Report of the Municipal Commissioner on the plague in Bombay for the year ending 31st May... - Volume 1
Disease focus: Plague
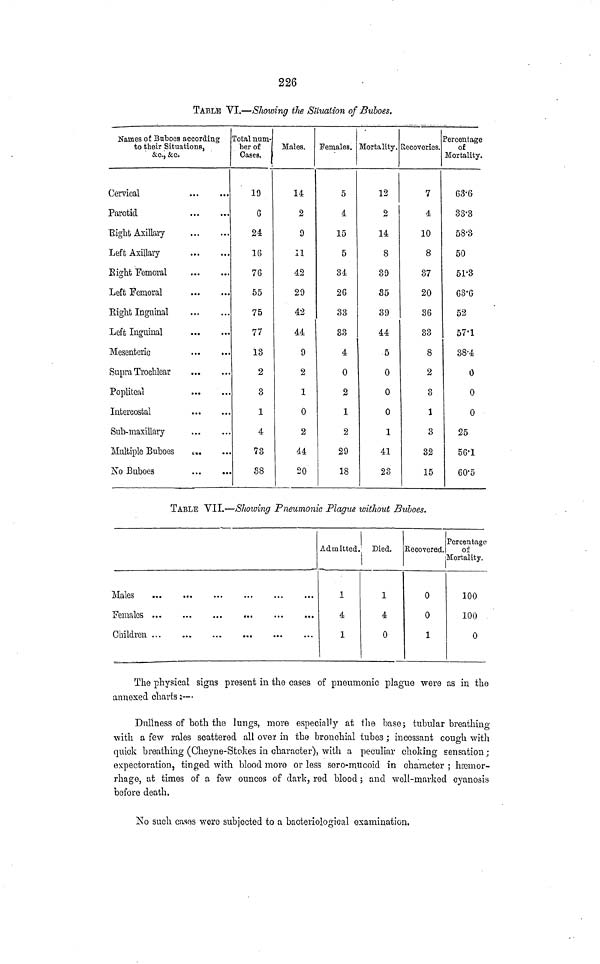
226
TABLE VI.—Showing the Situation of Buboes.
Names of Buboes according
to their Situations,
&c., &c.
Cervical
Parotid
Bight Axillary
Left Axillary
Bight Femoral
Left Femoral
Eight Inguinal
Left Inguinal
Mesenterio
Supra Trochlear
Popliteal
Intercostal
Sub-maxillary
Multiple Buboes
c..
No Buboes
Total num-
ber of
Cases.
19
6
24
16
76
55
75
77
13
2
3
1
4
73
38
Males.
14
2
9
11
42
29
42
44
9
2
1
0
2
44
20
Females.
5
4
15
5
34
26
33
33
4
0
2
1
2
29
18
Mortality.
12
2
14
8
39
35
39
44
5
0
0
0
1
41
23
Recoveries.
7
4
10
8
37
20
36
33
8
2
3
1
3
32
15
Percentage
of
Mortality.
63·6
33·3
58·3
50
51·3
63·6
52
57·1
38·4
0
0
0
25
56·1
60·5
TABLE VII.—Showing Pneumonic Plague without Buboes.
Admitted.
1
4
1
Died.
1
4
0
Kecovered.
o
0
1
Percentage
of
Mortality.
100
100
0
The physical signs present in the cases of pneumonic plague were as in the
annexed charts:—
Dullness of both the lungs, more especially at the base; tubular breathing
with a few rales scattered all over in the bronchial tubes; incessant cough with
quick breathing (Cheyne-Stokes in character), with a peculiar choking sensation:
expectoration, tinged with blood more or less sero-mucoid in character; hæmor-
rhage, at times of a few ounces of dark, red blood; and well-marked cyanosis
before death.
No such casos were subjected to a bacteriological examination.